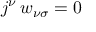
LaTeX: j ^ { \nu } \, w _ { \nu \sigma } = 0